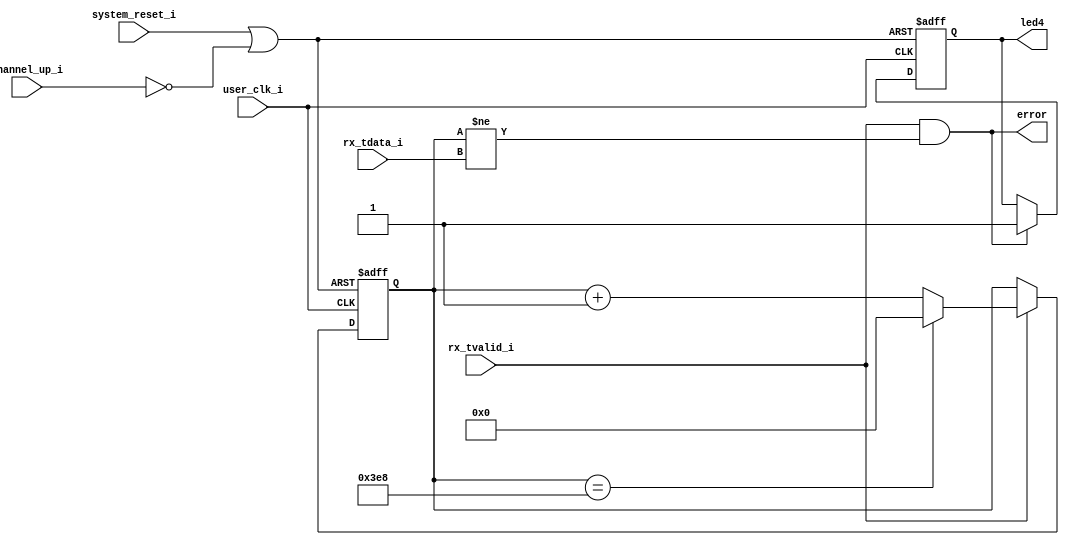
`timescale 1ns / 1ps
//////////////////////////////////////////////////////////////////////////////////
// Company: 
// Engineer: 
// 
// Design Name: 
// Module Name: GTY_Recv
// Project Name: 
// Target Devices: 
// Tool Versions: 
// Description: 
// 
// Dependencies: 
// 
// Revision:
// Revision 0.01 - File Created
// Additional Comments:
// 
//////////////////////////////////////////////////////////////////////////////////


module GTY_Recv(
    input user_clk_i,
    input system_reset_i, //
    input channel_up_i, 
    input [255:0] rx_tdata_i,
    input rx_tvalid_i,
    output reg  led4,
    output error 
    );

wire local_rst;
assign local_rst = system_reset_i | !channel_up_i;
reg [255:0]rd_cnt;
always @(posedge user_clk_i or posedge local_rst) begin
    if(local_rst == 1)begin
        rd_cnt <= 0;
    end else if(rx_tvalid_i)begin
        rd_cnt <= rd_cnt + 1;
        if(rd_cnt == 1000)begin
            rd_cnt <= 0;
        end
    end
end
assign error = rx_tvalid_i & (rd_cnt != rx_tdata_i);
always @(posedge user_clk_i or posedge local_rst) begin
    if(local_rst == 1)begin
        led4 <= 0;
    end else if(error)begin
        led4 <= 1;
    end
end 
endmodule